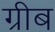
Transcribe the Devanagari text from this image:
ग्रीब